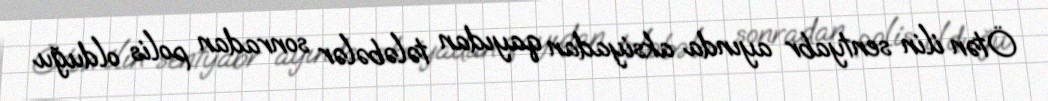
Ötən ilin sentyabr ayında aksiyadan qayıdan tələbələr sonradan polis olduğu